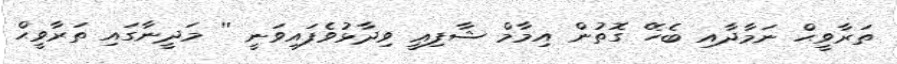
ތަރާވީޙް ނަމާދާއި ބެހޭ ގޮތުން އިމާމް ޝާފިޢީ ވިދާޅުވެފައިވަނީ '' މަދީނާގައި ތަރާވީޙް